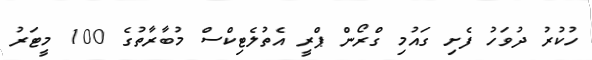
ހުކުރު ދުވަހު ފެށި ގައުމި ގްރޯން ޕްރީ އެތުލެޓިކްސް މުބާރާތުގެ 100 މީޓަރު